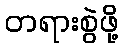
တရားစွဲဖို့